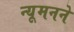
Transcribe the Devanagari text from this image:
न्यूमनने